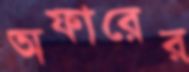
অফারের